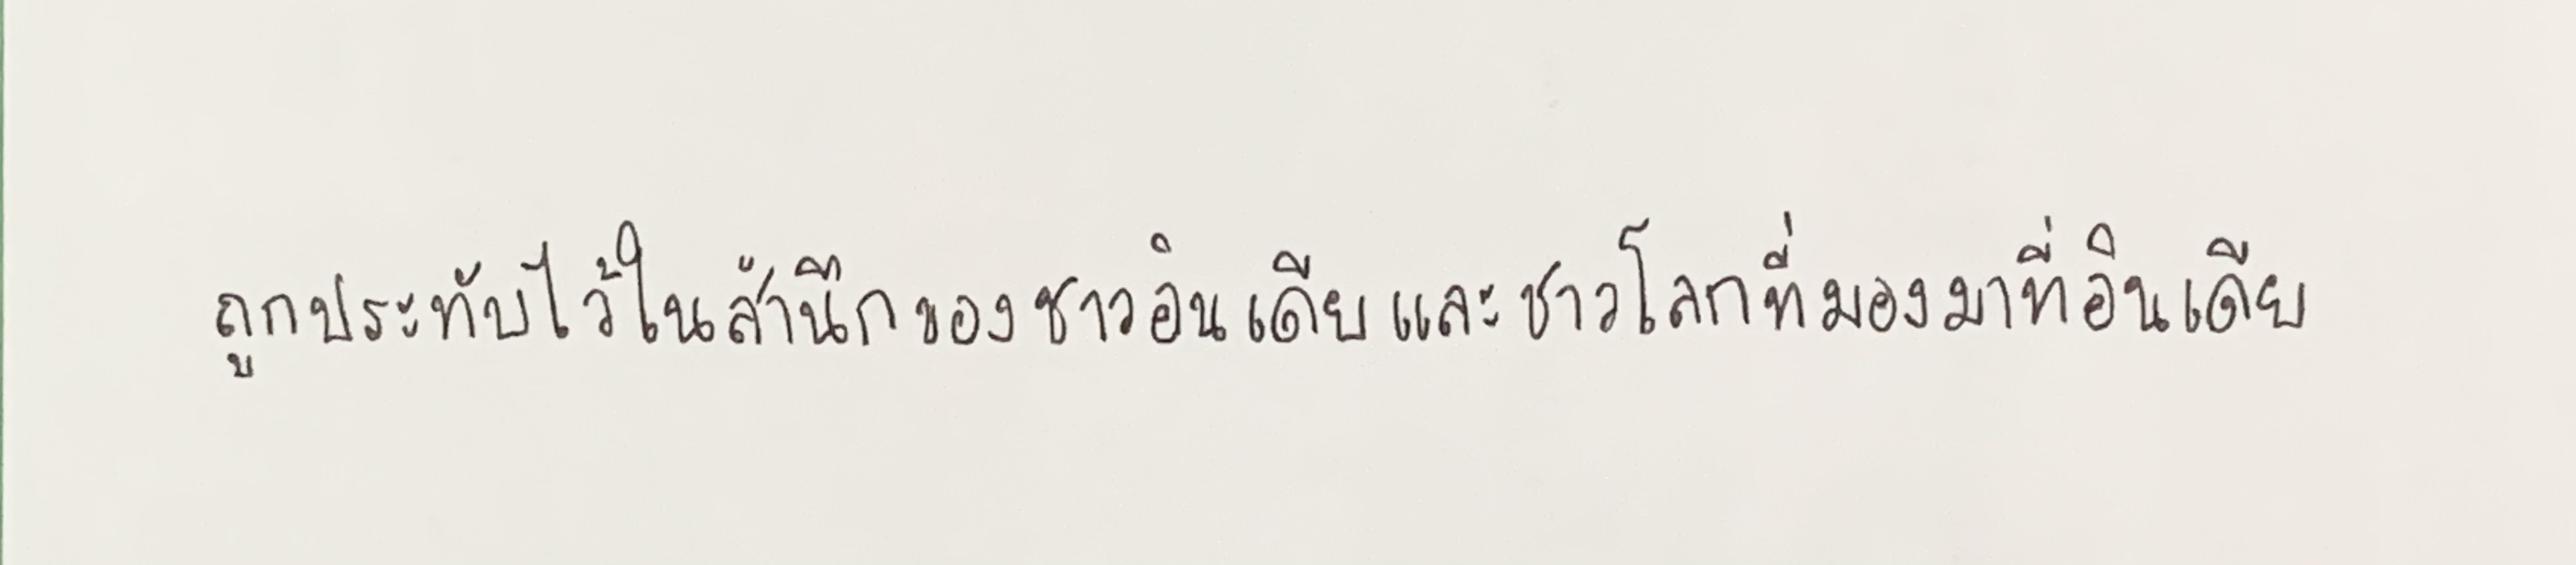
ถูกประทับไว้ในสำนึกของชาวอินเดียและชาวโลกที่มองมาที่อินเดีย